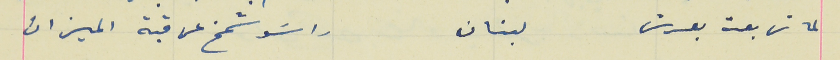
لما تربعت بعرش لبنان                                    راسَو شمخ عن قبة الميزان